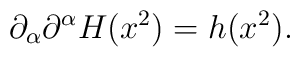
\partial_{\alpha}\partial^{\alpha} H(x^2) = h(x^2).